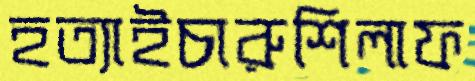
হত্যাইচারুশিলাফ